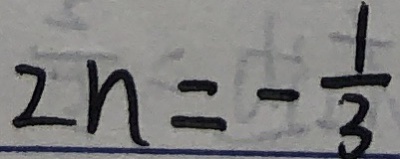
2 n = - \frac { 1 } { 3 }